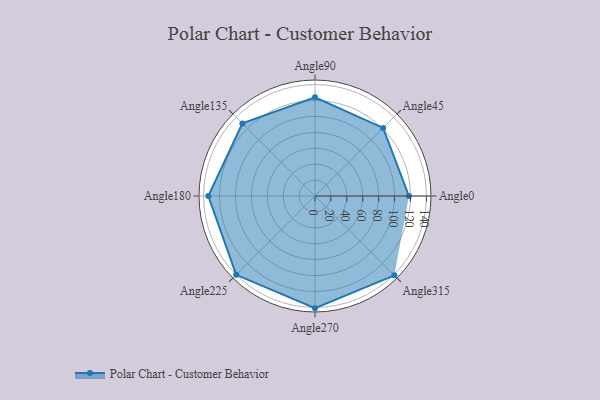
{"axis": {"x": "Angle", "y": "Radius"}, "legend": [""], "data": [{"x": "Angle0", "y": 118.0, "type": ""}, {"x": "Angle45", "y": 121.0, "type": ""}, {"x": "Angle90", "y": 124.0, "type": ""}, {"x": "Angle135", "y": 129.0, "type": ""}, {"x": "Angle180", "y": 134.0, "type": ""}, {"x": "Angle225", "y": 140.0, "type": ""}, {"x": "Angle270", "y": 141.0, "type": ""}, {"x": "Angle315", "y": 141.0, "type": ""}]}